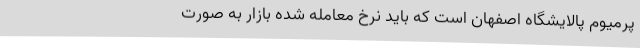
پرمیوم پالایشگاه اصفهان است که باید نرخ معامله شده بازار به صورت